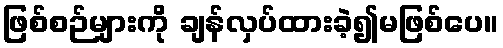
ဖြစ်စဉ်များကို ချန်လှပ်ထားခဲ့၍မဖြစ်ပေ။